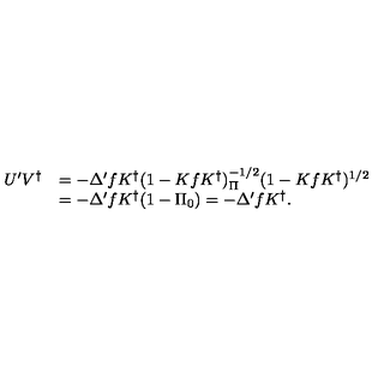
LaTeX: \begin{array} { r l } { U ^ { \prime } V ^ { \dag } } & { = - \Delta ^ { \prime } f K ^ { \dag } ( 1 - K f K ^ { \dag } ) _ { \Pi } ^ { - 1 / 2 } ( 1 - K f K ^ { \dag } ) ^ { 1 / 2 } } \\ { } & { = - \Delta ^ { \prime } f K ^ { \dag } ( 1 - \Pi _ { 0 } ) = - \Delta ^ { \prime } f K ^ { \dag } . } \\ \end{array}